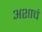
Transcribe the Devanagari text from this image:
अशाचं